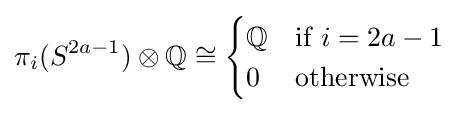
\pi _{i}(S^{2a-1})\otimes \mathbb {Q} \cong {\begin{cases}\mathbb {Q} &{\text{if }}i=2a-1\\0&{\text{otherwise}}\end{cases}}